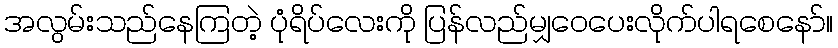
အလွမ်းသည်နေကြတဲ့ ပုံရိပ်လေးကို ပြန်လည်မျှဝေပေးလိုက်ပါရစေနော်။